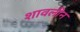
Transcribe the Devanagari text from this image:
शावलीन